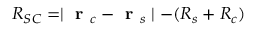
R _ { S C } = \mid \textbf { r } _ { c } - \textbf { r } _ { s } \mid - ( R _ { s } + R _ { c } )